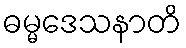
ဓမ္မဒေသနာတိ